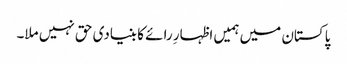
پاکستان میں ہمیں اظہارِ رائے کا بنیادی حق نہیں ملا۔